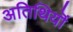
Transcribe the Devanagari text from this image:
अतिथियॊं